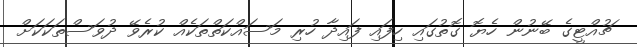
ޗުއްޓީގެ ބޭނުން ހެޔޮ ގޮތުގައި ހިފައި ފައިދާ ހުރި މަސައްކަތްތަކެއް ކުރެވޭ ދުވަސްތަކަކަށް